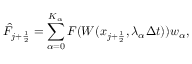
\Hat F _ { j + \frac { 1 } { 2 } } = \sum _ { \alpha = 0 } ^ { K _ { \alpha } } F ( W ( x _ { j + \frac { 1 } { 2 } } , \lambda _ { \alpha } \Delta t ) ) w _ { \alpha } ,